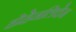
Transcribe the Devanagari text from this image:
होहेनलिचेन